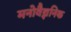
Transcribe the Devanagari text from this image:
मनोवैज्ञनिक